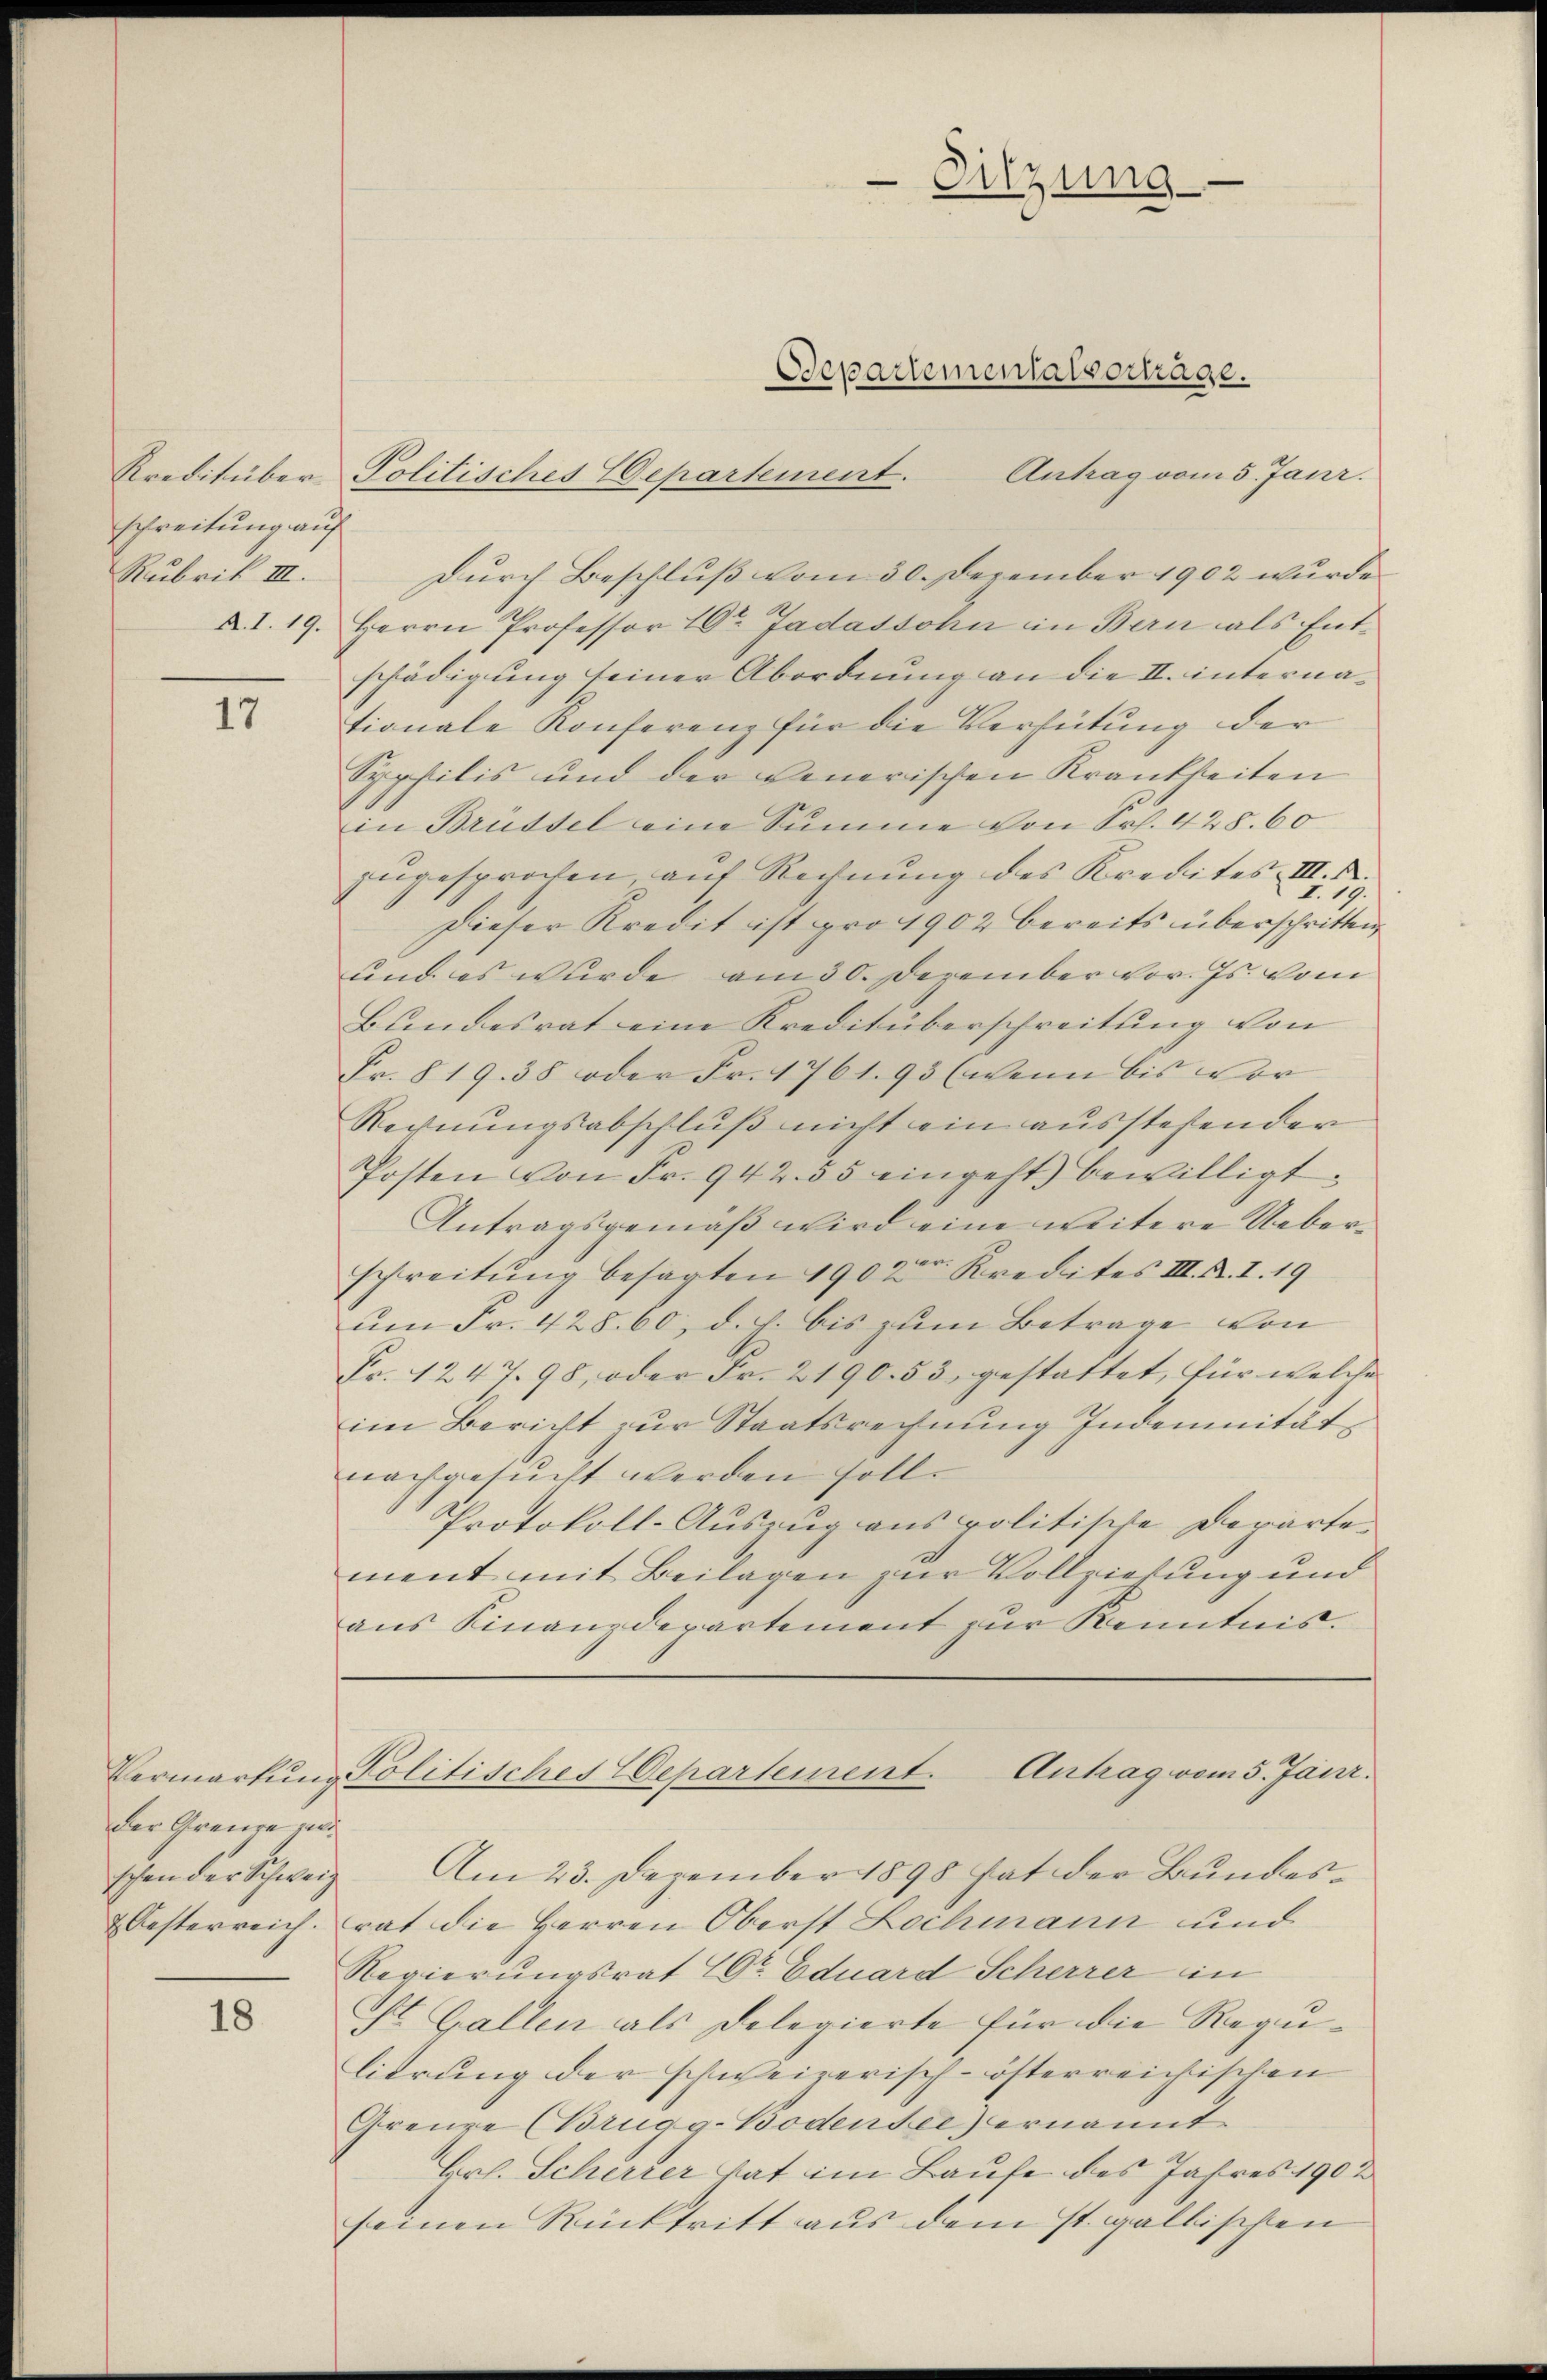
schreibung auf
Rubrik III.

17

der Grenze mi

18

Antrag vom 5. Janr.
Durch Beschluß vom 30. Dezember 1902 wurde
§. 1. 19. Herrn Professor 10r Jadassohn in Bern als Entschädigung seiner Abordnung an die II. internationale Konferenz für die Verhütung der
Syphilis und der venerischen Krankheiten
in Brüssel eine Summe von Sr. 428. 60
zugesprochen aŭf Rechnŭng des Kredites III.
.
Dieser Kredit ist pro 1902 bereits überschritten
und es wurde am 30. Dezember vor. Js. vom
Bundesrat eine Kreditüberschreitung von
Fr. § 19. 38 oder Fr. 1761. 93 (wenn bis vor
Rechnungsabschluß nicht ein ausstehender
Posten von Fr. 942. 55 eingeht) bewilligt.
Antragsgemäß wird eine weitere Ueberschreitung besagten 19000. Kredites III. R. I. 19
um Fr. 428. 60, d. h. bis zum Betrage von
Fr. 1247. 98, oder Fr. 2190. 53, gestattet, für welche
im Bericht zur Staatsrechnung Indemnität
nachgesucht werden soll.
Protokoll-Auszug aus politische Departe
ment mit Beilagen zur Vollziehung und
aus Finanzdepartement zur Kenntnis.

Kreditüber Politisches Departement.

Sitzung

Separtementalvertrage.

Vermarkung Kolitisches Departement. Antrag vom 5. Janr.

schon der Schweiz. Am 23. Dezember 1898 hat der Bundes¬
 Oesterreich Trat die Herren Oberst Lochmann und
Regierungsrat Dr. Eduard Scherrer in
Ost. Gallen als Delegierte für die Regulierung der schweizerisch-österreichischen
Grenze (Brugg-Bodensee) ernannt
Hrl. Schirter hat im Laufe des Jahres 1902
seinen Rücktritt aus dem st. gallischen